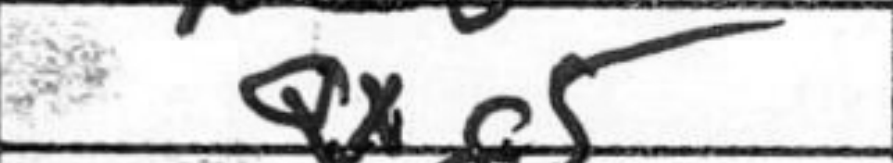
Transcription: Qxg5